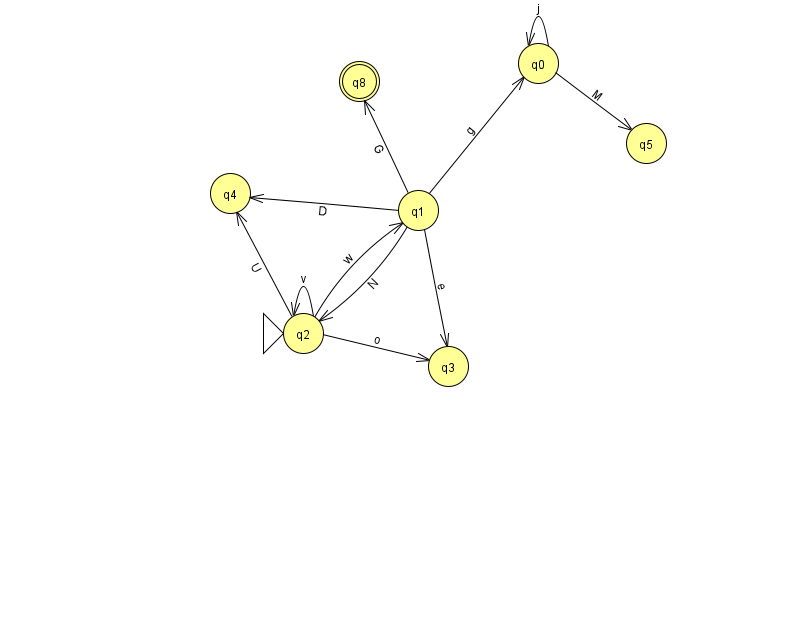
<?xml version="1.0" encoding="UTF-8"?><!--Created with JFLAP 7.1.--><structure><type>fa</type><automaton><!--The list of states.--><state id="0" name="q0"><x>538.0</x><y>50.0</y></state><state id="1" name="q1"><x>418.0</x><y>197.0</y></state><state id="2" name="q2"><x>303.0</x><y>320.0</y><initial/></state><state id="3" name="q3"><x>448.0</x><y>353.0</y></state><state id="4" name="q4"><x>230.0</x><y>180.0</y></state><state id="5" name="q5"><x>646.0</x><y>130.0</y></state><state id="8" name="q8"><x>359.0</x><y>68.0</y><final/></state><!--The list of transitions.--><transition><from>1</from><to>8</to><read>G</read></transition><transition><from>2</from><to>4</to><read>U</read></transition><transition><from>1</from><to>0</to><read>g</read></transition><transition><from>1</from><to>2</to><read>N</read></transition><transition><from>2</from><to>2</to><read>v</read></transition><transition><from>1</from><to>4</to><read>D</read></transition><transition><from>0</from><to>0</to><read>j</read></transition><transition><from>2</from><to>1</to><read>w</read></transition><transition><from>2</from><to>3</to><read>o</read></transition><transition><from>0</from><to>5</to><read>M</read></transition><transition><from>1</from><to>3</to><read>e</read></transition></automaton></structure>